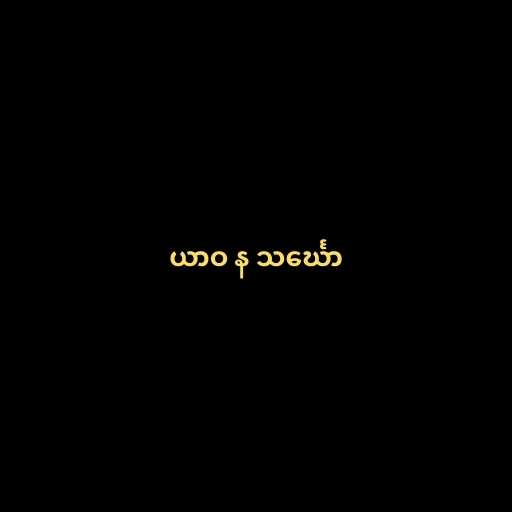
ယာဝ န သင်္ဃော